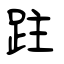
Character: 跓